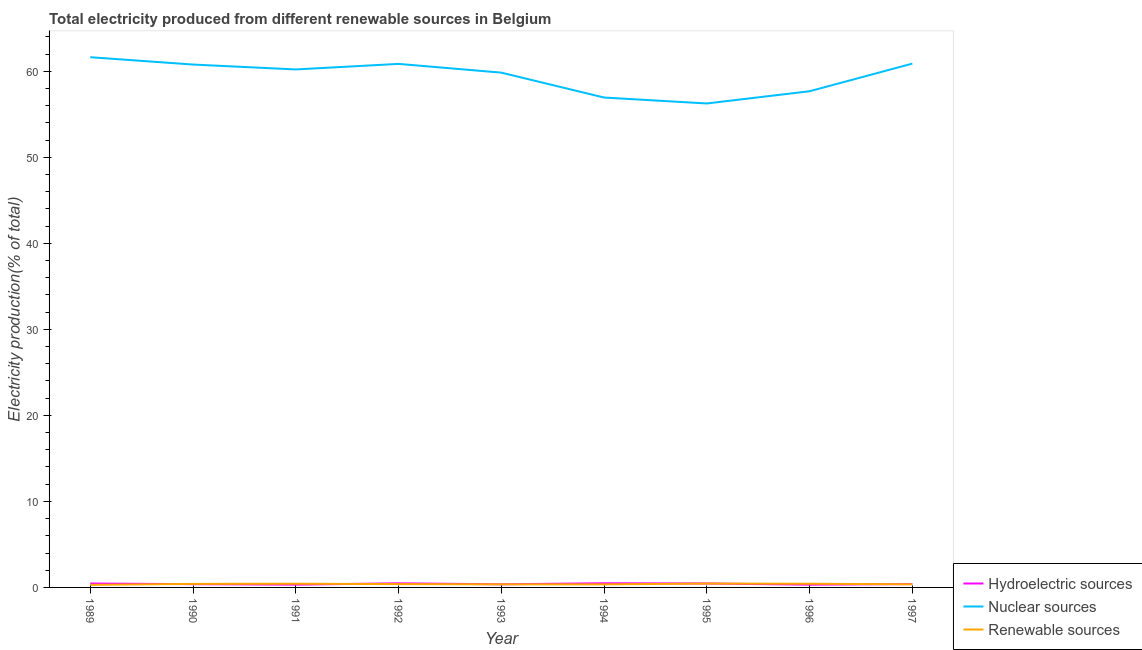
| Year | Hydroelectric sources | Nuclear sources | Renewable sources |
 | --- | --- | --- | --- |
 | 1989 | 0.456 | 61.6 | 0.296 |
 | 1990 | 0.378 | 60.8 | 0.411 |
 | 1991 | 0.322 | 60.2 | 0.431 |
 | 1992 | 0.478 | 60.9 | 0.387 |
 | 1993 | 0.363 | 59.8 | 0.361 |
 | 1994 | 0.485 | 56.9 | 0.356 |
 | 1995 | 0.46 | 56.3 | 0.449 |
 | 1996 | 0.318 | 57.7 | 0.429 |
 | 1997 | 0.392 | 60.9 | 0.363 |